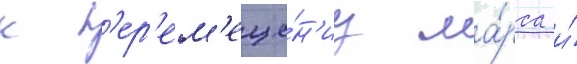
к п'ер'ем'еще́н'иу ма́рса и́